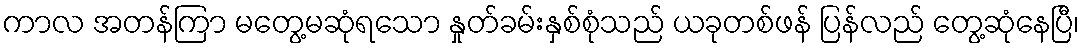
ကာလ အတန်ကြာ မတွေ့မဆုံရသော နှုတ်ခမ်းနှစ်စုံသည် ယခုတစ်ဖန် ပြန်လည် တွေ့ဆုံနေပြီ၊